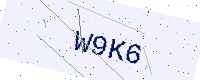
Text: W9K6